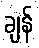
ချန်